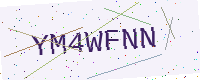
Text: YM4WFNN